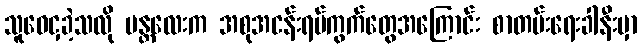
သူဝေငှခဲ့သလို မန္တလေးက အစုအငန်းရပ်ကွက်တွေအကြောင်း စာတမ်းရေးခါနီးမှာ